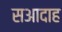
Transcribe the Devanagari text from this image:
सआदाह